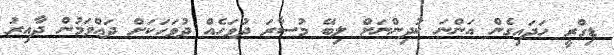
ޑިގްރީ ހަދައިގެން އަންނަ ކުދިންނަށް ލިބޭ މުސާރަ ދުވަހެއް ދުވަހަކަށް ދައްވަމުން ދާއިރު